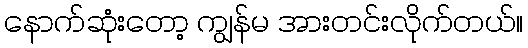
နောက်ဆုံးတော့ ကျွန်မ အားတင်းလိုက်တယ်။